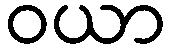
ဝယာ